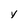
Character: y